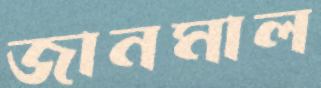
জানমাল